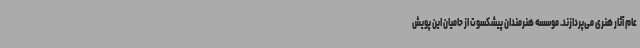
عام آثار هنری‌ می‌پردازند. موسسه هنرمندان پیشکسوت از حامیان این پویش